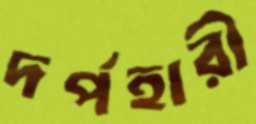
দর্পহারী